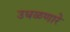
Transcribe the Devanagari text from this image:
उधळणारे